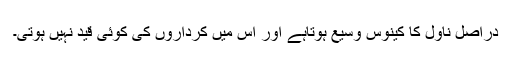
دراصل ناول کا کینوس وسیع ہوتاہے اور اس میں کرداروں کی کوئی قید نہیں ہوتی۔